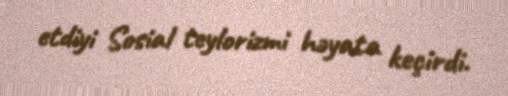
etdiyi Sosial teylorizmi həyata keçirdi.